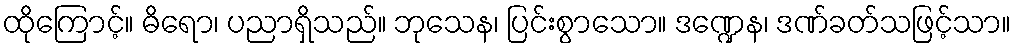
ထိုကြောင့်။ ဓိရော၊ ပညာရှိသည်။ ဘုသေန၊ ပြင်းစွာသော။ ဒဏ္ဍေန၊ ဒဏ်ခတ်သဖြင့်သာ။